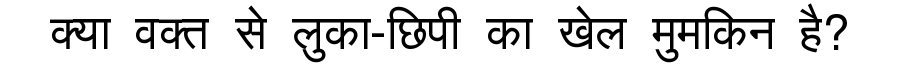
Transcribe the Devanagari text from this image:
क्या वक्त से लुका-छिपी का खेल मुमकिन है?